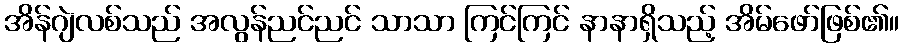
အိန်ဂျဲလစ်သည် အလွန်ညင်ညင် သာသာ ကြင်ကြင် နာနာရှိသည့် အိမ်ဖော်ဖြစ်၏။